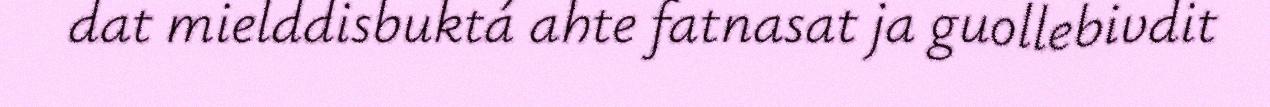
dat mielddisbuktá ahte fatnasat ja guollebivdit